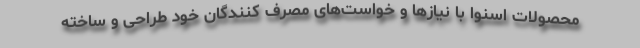
محصولات اسنوا با نیازها و خواست‌های مصرف کنندگان خود طراحی و ساخته